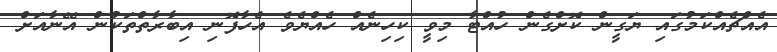
އެއްޗެއްކަމުގައި ޔަގީން ކޮށްގެން ހުއްޓާ މިވީ ކިހިނެއް ހެއްޔެވެ އެހާފޮނި އިބާރާތްތަކުން އޭނާއަށް